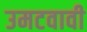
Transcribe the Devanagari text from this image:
उमटवावी